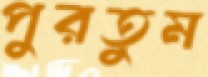
পুরতুম